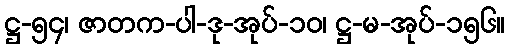
ဋ္ဌ-၅၄၊ ဇာတက-ပါ-ဒု-အုပ်-၁၀၊ ဋ္ဌ-မ-အုပ်-၁၅၆။